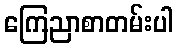
ကြေညာစာတမ်းပါ